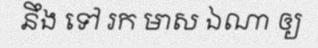
នឹង ទៅ រក មាស ឯណា ឲ្យ